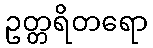
ဥတ္တရိတရော